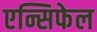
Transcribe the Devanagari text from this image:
एन्सिफेल